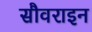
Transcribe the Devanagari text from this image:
सौवराइन